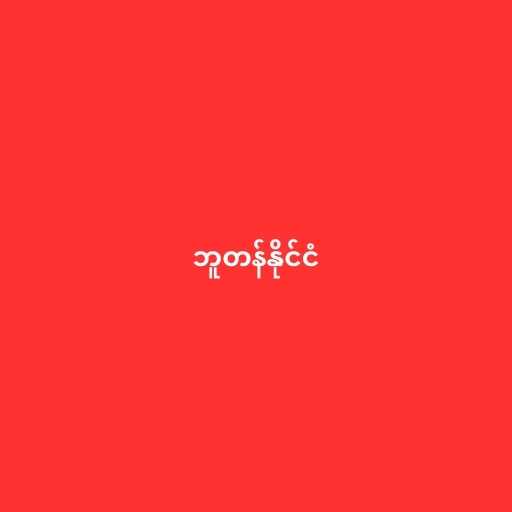
ဘူတန်နိုင်ငံ